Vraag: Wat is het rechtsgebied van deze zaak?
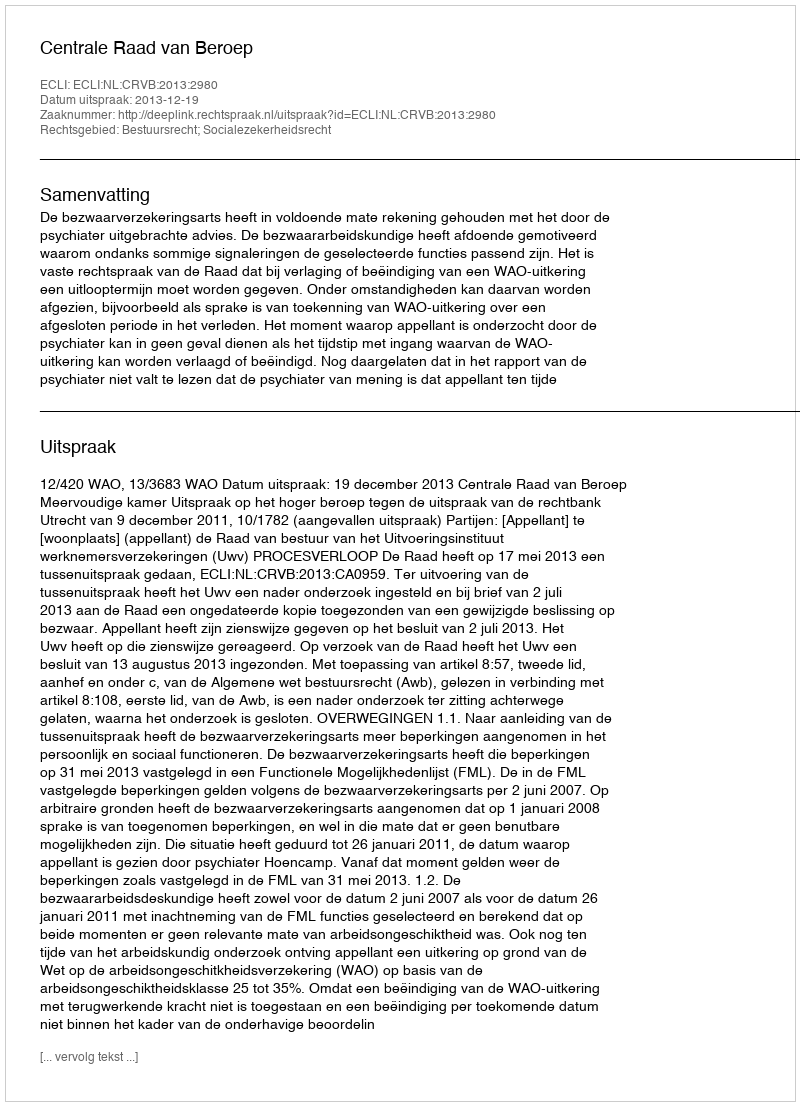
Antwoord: Bestuursrecht; Socialezekerheidsrecht